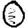
Digit: 0